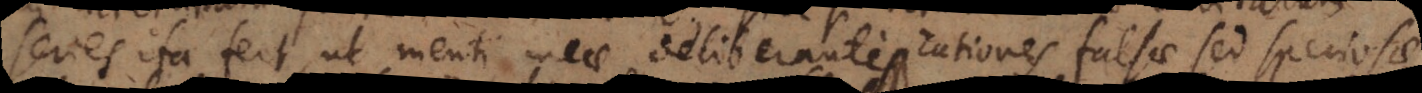
series ita fert, ut menti meae deliberanti rationes falsae sed speciosae